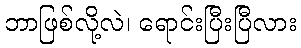
ဘာဖြစ်လို့လဲ၊ ရောင်းပြီးပြီလား